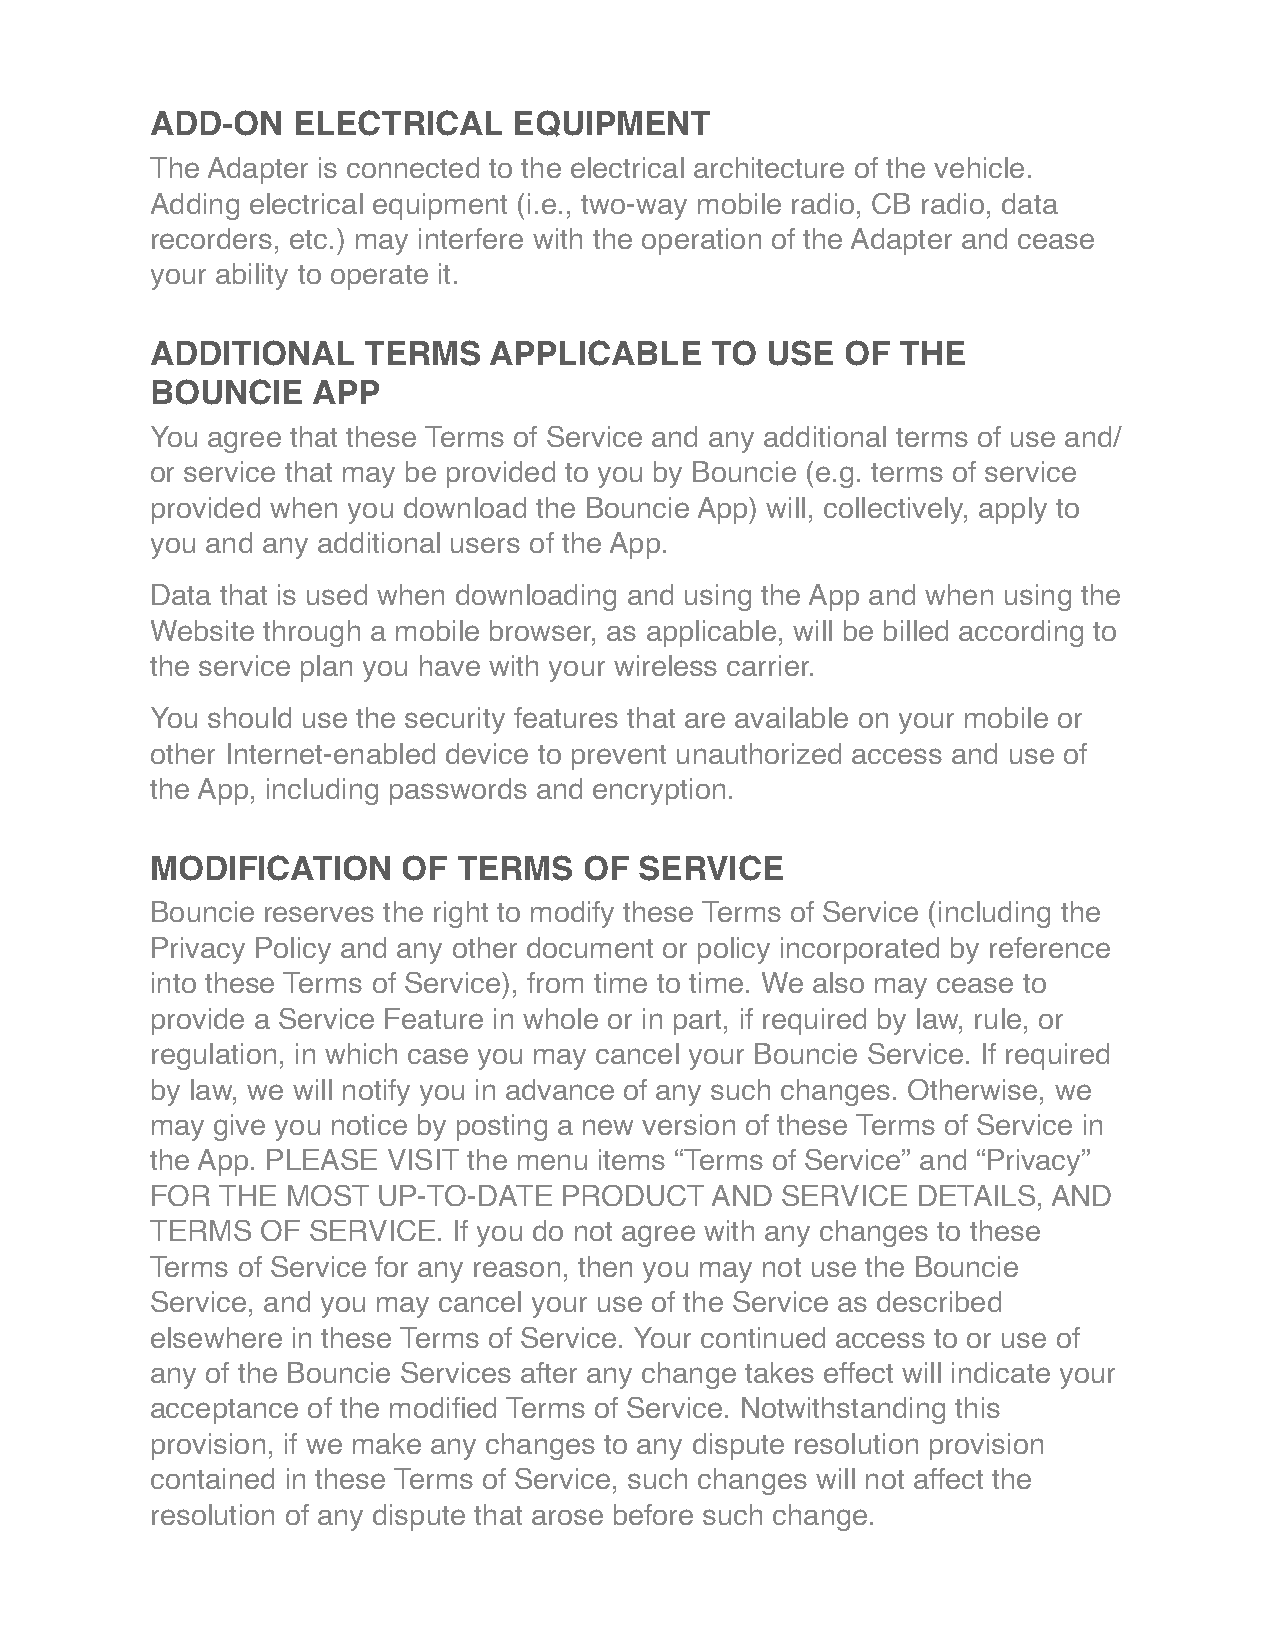
ADD-ON   ELECTRICAL     EQUIPMENT
 The Adapter is connected to the electrical architecture of the vehicle.
 Adding electrical equipment (i.e., two-way mobile radio, CB radio, data
 recorders, etc.) may interfere with the operation of the Adapter and cease
 your ability to operate it.
 ADDITIONAL    TERMS   APPLICABLE     TO  USE  OF  THE
 BOUNCIE    APP
 You agree that these Terms of Service and any additional terms of use and/
 or service that may be provided to you by Bouncie (e.g. terms of service
 provided when you download the Bouncie App) will, collectively, apply to
 you and any additional users of the App.
 Data that is used when downloading and using the App and when using the
 Website through a mobile browser, as applicable, will be billed according to
 the service plan you have with your wireless carrier.
 You should use the security features that are available on your mobile or
 other Internet-enabled device to prevent unauthorized access and use of
 the App, including passwords and encryption.
 MODIFICATION     OF TERMS    OF SERVICE
 Bouncie reserves the right to modify these Terms of Service (including the
 Privacy Policy and any other document or policy incorporated by reference
 into these Terms of Service), from time to time. We also may cease to
 provide a Service Feature in whole or in part, if required by law, rule, or
 regulation, in which case you may cancel your Bouncie Service. If required
 by law, we will notify you in advance of any such changes. Otherwise, we
 may give you notice by posting a new version of these Terms of Service in
 the App. PLEASE VISIT the menu items “Terms of Service” and “Privacy”
 FOR  THE MOST  UP-TO-DATE  PRODUCT   AND  SERVICE  DETAILS, AND
 TERMS  OF SERVICE.  If you do not agree with any changes to these
 Terms of Service for any reason, then you may not use the Bouncie
 Service, and you may cancel your use of the Service as described
 elsewhere in these Terms of Service. Your continued access to or use of
 any of the Bouncie Services after any change takes effect will indicate your
 acceptance of the modified Terms of Service. Notwithstanding this
 provision, if we make any changes to any dispute resolution provision
 contained in these Terms of Service, such changes will not affect the
 resolution of any dispute that arose before such change.